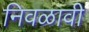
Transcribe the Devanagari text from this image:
निवळावी